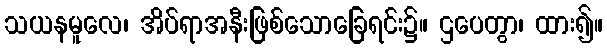
သယနမူလေ၊ အိပ်ရာအနီးဖြစ်သောခြေရင်း၌။ ဌပေတွာ၊ ထား၍။